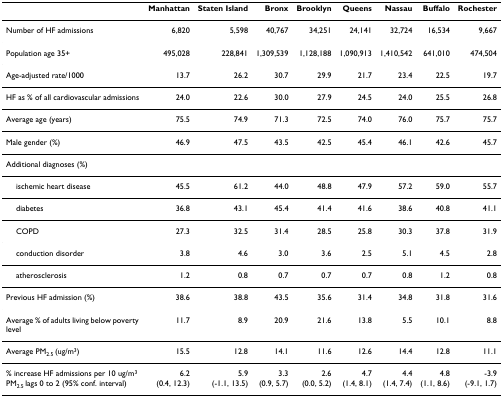
<table><thead><tr><td></td><td><b>Manhattan</b></td><td><b>Staten Island</b></td><td><b>Bronx</b></td><td><b>Brooklyn</b></td><td><b>Queens</b></td><td><b>Nassau</b></td><td><b>Buffalo</b></td><td><b>Rochester</b></td></tr></thead><tbody><tr><td>Number of HF admissions</td><td>6,820</td><td>5,598</td><td>40,767</td><td>34,251</td><td>24,141</td><td>32,724</td><td>16,534</td><td>9,667</td></tr><tr><td>Population age 35+</td><td>495,028</td><td>228,841</td><td>1,309,539</td><td>1,128,188</td><td>1,090,913</td><td>1,410,542</td><td>641,010</td><td>474,504</td></tr><tr><td>Age-adjusted rate/1000</td><td>13.7</td><td>26.2</td><td>30.7</td><td>29.9</td><td>21.7</td><td>23.4</td><td>22.5</td><td>19.7</td></tr><tr><td>HF as % of all cardiovascular admissions</td><td>24.0</td><td>22.6</td><td>30.0</td><td>27.9</td><td>24.5</td><td>24.0</td><td>25.5</td><td>26.8</td></tr><tr><td>Average age (years)</td><td>75.5</td><td>74.9</td><td>71.3</td><td>72.5</td><td>74.0</td><td>76.0</td><td>75.7</td><td>75.7</td></tr><tr><td>Male gender (%)</td><td>46.9</td><td>47.5</td><td>43.5</td><td>42.5</td><td>45.4</td><td>46.1</td><td>42.6</td><td>45.7</td></tr><tr><td>Additional diagnoses (%)</td><td></td><td></td><td></td><td></td><td></td><td></td><td></td><td></td></tr><tr><td> ischemic heart disease</td><td>45.5</td><td>61.2</td><td>44.0</td><td>48.8</td><td>47.9</td><td>57.2</td><td>59.0</td><td>55.7</td></tr><tr><td> diabetes</td><td>36.8</td><td>43.1</td><td>45.4</td><td>41.4</td><td>41.6</td><td>38.6</td><td>40.8</td><td>41.1</td></tr><tr><td> COPD</td><td>27.3</td><td>32.5</td><td>31.4</td><td>28.5</td><td>25.8</td><td>30.3</td><td>37.8</td><td>31.9</td></tr><tr><td> conduction disorder</td><td>3.8</td><td>4.6</td><td>3.0</td><td>3.6</td><td>2.5</td><td>5.1</td><td>4.5</td><td>2.8</td></tr><tr><td> atherosclerosis</td><td>1.2</td><td>0.8</td><td>0.7</td><td>0.7</td><td>0.7</td><td>0.8</td><td>1.2</td><td>0.8</td></tr><tr><td>Previous HF admission (%)</td><td>38.6</td><td>38.8</td><td>43.5</td><td>35.6</td><td>31.4</td><td>34.8</td><td>31.8</td><td>31.6</td></tr><tr><td>Average % of adults living below poverty level</td><td>11.7</td><td>8.9</td><td>20.9</td><td>21.6</td><td>13.8</td><td>5.5</td><td>10.1</td><td>8.8</td></tr><tr><td>Average PM<sub>2.5 </sub>(ug/m<sup>3</sup>)</td><td>15.5</td><td>12.8</td><td>14.1</td><td>11.6</td><td>12.6</td><td>14.4</td><td>12.8</td><td>11.1</td></tr><tr><td>% increase HF admissions per 10 ug/m<sup>3 </sup>PM<sub>2.5 </sub>lags 0 to 2 (95% conf. interval)</td><td>6.2(0.4, 12.3)</td><td>5.9(-1.1, 13.5)</td><td>3.3(0.9, 5.7)</td><td>2.6(0.0, 5.2)</td><td>4.7(1.4, 8.1)</td><td>4.4(1.4, 7.4)</td><td>4.8(1.1, 8.6)</td><td>-3.9(-9.1, 1.7)</td></tr></tbody></table>